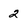
Character: 2